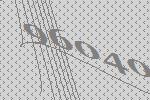
96040